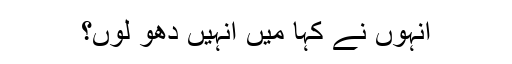
انہوں نے کہا میں انہیں دھو لوں؟